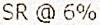
SR @ 6%